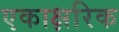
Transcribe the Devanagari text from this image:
एकाक्षरिक